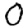
Digit: 0